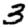
Digit: 3